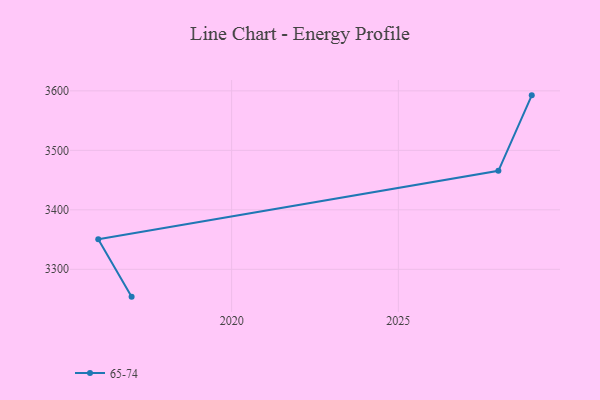
{"axis": {"x": "Year", "y": "Budget (USD K)"}, "legend": ["65-74"], "data": [{"x": "2017", "y": 3254.0, "type": "65-74"}, {"x": "2016", "y": 3350.5, "type": "65-74"}, {"x": "2028", "y": 3465.6, "type": "65-74"}, {"x": "2029", "y": 3592.5, "type": "65-74"}]}